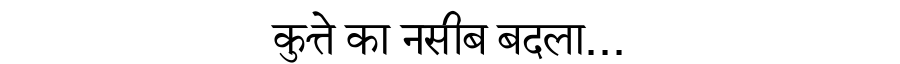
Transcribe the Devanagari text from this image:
कुत्ते का नसीब बदला...